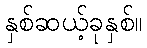
နှစ်ဆယ့်ခုနှစ်။